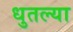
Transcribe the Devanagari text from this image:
धुतल्या